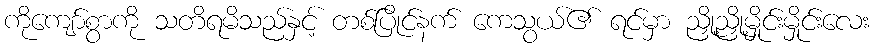
ကိုကျော်စွာကို သတိရမိသည်နှင့် တစ်ပြိုင်နက် ကေသွယ်၏ ရင်မှာ ညှို့ညှို့မှိုင်းမှိုင်းလေး